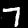
Label: 7